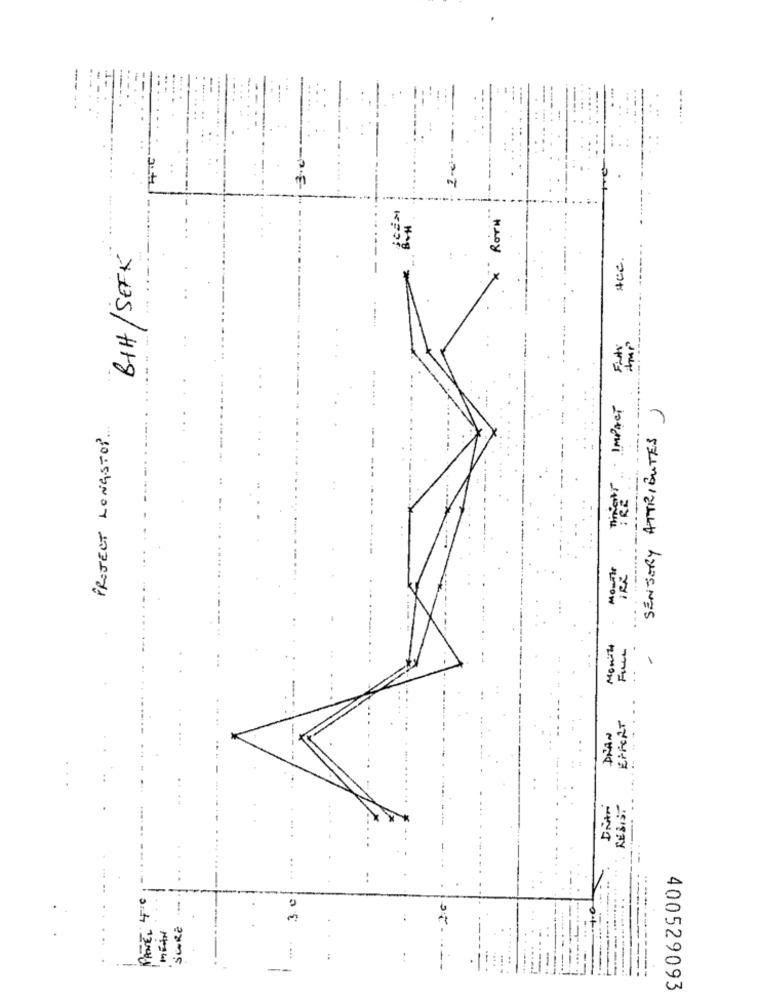
3.0
ROTH
BIH/SEFK
ACC.
---
Tiens IMPACT
SENSORY ATTRIBUTES)
PROJECT LONGSTOP.
--
Mounir
IRR
Month
1
EFFORT
DRAN
RESIST
PANEL 4'
MEAN
SURE
.....
-
400529093